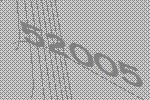
52005